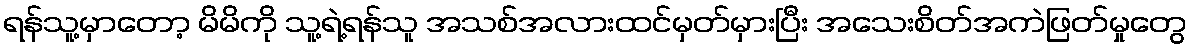
ရန်သူ့မှာတော့ မိမိကို သူ့ရဲ့ရန်သူ အသစ်အလားထင်မှတ်မှားပြီး အသေးစိတ်အကဲဖြတ်မှုတွေ